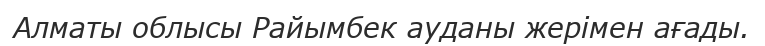
Алматы облысы Райымбек ауданы жерімен ағады.